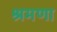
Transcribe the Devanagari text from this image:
श्रमणा